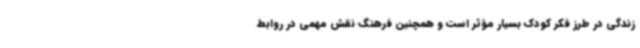
زندگی در طرز فکر کودک بسیار مؤثر است و همچنین فرهنگ نقش مهمی در روابط